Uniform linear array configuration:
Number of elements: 8
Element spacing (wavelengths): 0.25
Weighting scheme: kaiser
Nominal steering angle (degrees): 30
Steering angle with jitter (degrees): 31.989
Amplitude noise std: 0.05
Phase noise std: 0.05

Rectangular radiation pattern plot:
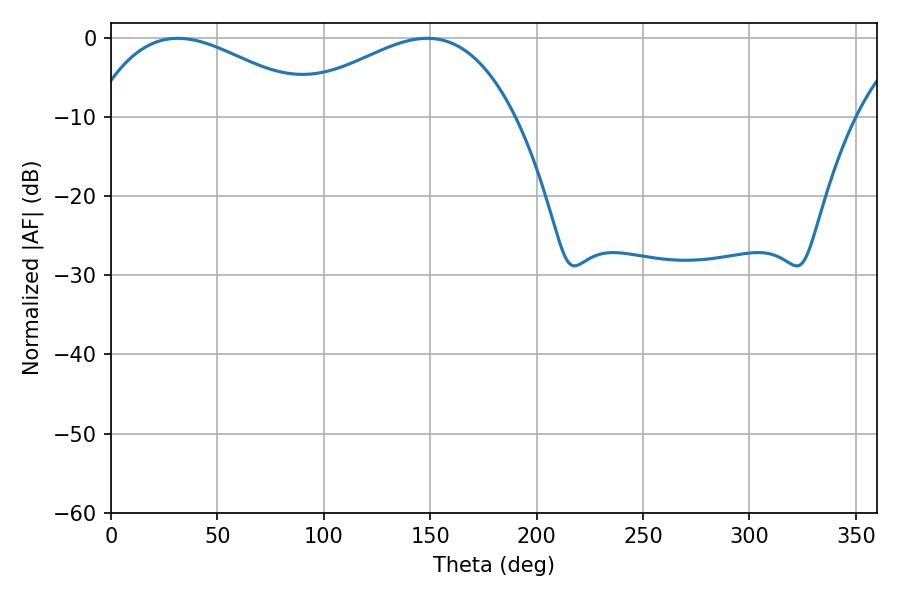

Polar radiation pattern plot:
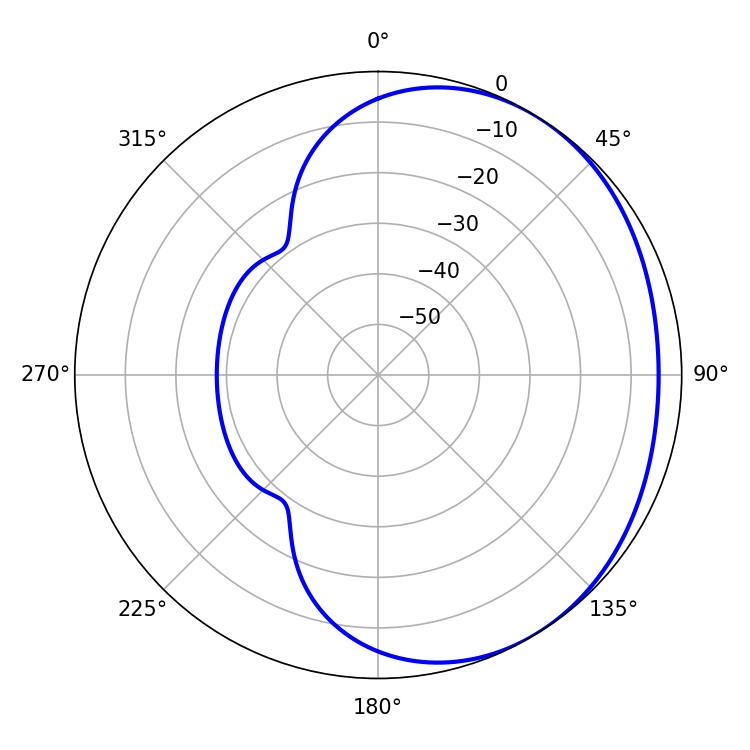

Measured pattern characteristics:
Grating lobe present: FALSE
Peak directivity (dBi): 2.101
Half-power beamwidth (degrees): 58.5
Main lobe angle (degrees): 31.32